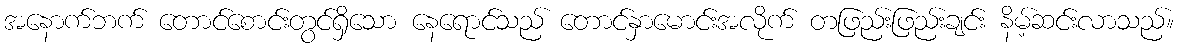
အနောက်ဘက် တောင်စောင်းတွင်ရှိသော နေရောင်သည် တောင်နှာမောင်းအလိုက် တဖြည်းဖြည်းချင်း နိမ့်ဆင်းလာသည်။